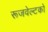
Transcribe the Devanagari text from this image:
रूजवेल्टको